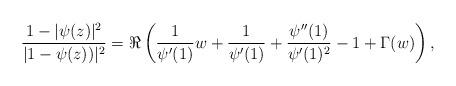
LaTeX: \begin{align*}\frac{1-|\psi(z)|^2}{|1 - \psi(z))|^2} = \Re\left( \frac{1}{\psi'(1)}w + \frac{1}{\psi'(1)} + \frac{\psi''(1)}{\psi'(1)^2} - 1 + \Gamma(w)\right),\end{align*}